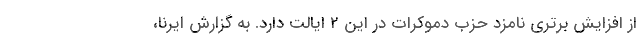
از افزایش برتری نامزد حزب دموکرات در این ۲ ایالت دارد. به گزارش ایرنا،